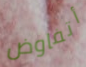
أتفاوض